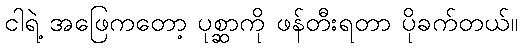
ငါရဲ့ အဖြေကတော့ ပုစ္ဆာကို ဖန်တီးရတာ ပိုခက်တယ်။